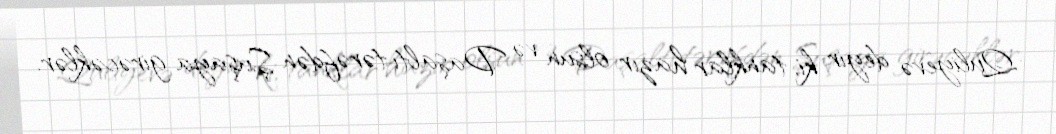
Quliyevə deyir ki, tanklar hazır olsun və Daşaltı tərəfdən Şuşaya girəcəklər.